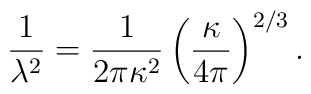
\frac{1}{\lambda^{2}} = \frac{1}{2 \pi \kappa^{2}}                         \left( \frac{\kappa}{4 \pi} \right)^{2/3}.